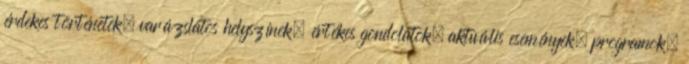
érdekes történetek, varázslatos helyszínek, értékes gondolatok, aktuális események, programok,